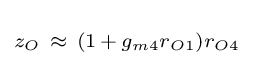
\scriptstyle z_{O}~\approx ~\left(1\,+\,g_{m4}r_{O1}\right)r_{O4}